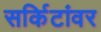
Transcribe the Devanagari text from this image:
सर्किटांवर